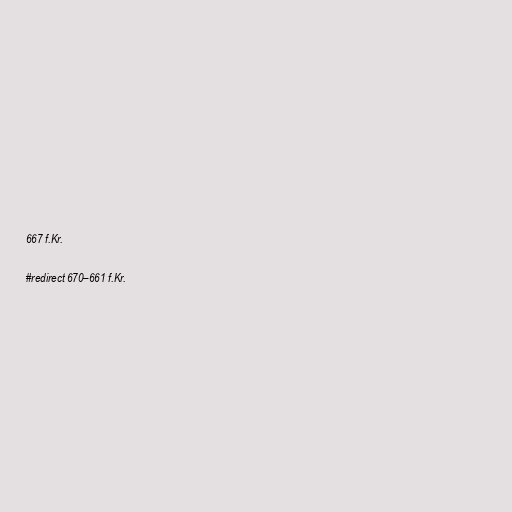
667 f.Kr.

#redirect 670–661 f.Kr.